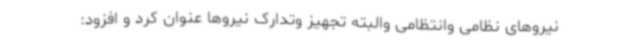
نیروهای نظامی وانتظامی والبته تجهیز وتدارک نیروها عنوان کرد و افزود: